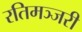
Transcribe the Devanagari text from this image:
रतिमञ्जरी